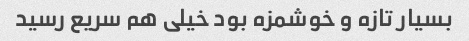
بسیار تازه و خوشمزه بود خیلی هم سریع رسید